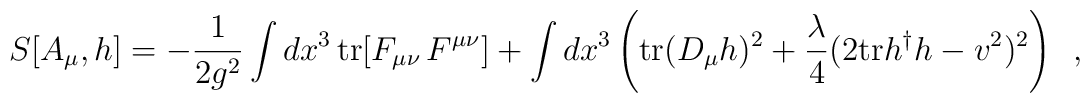
S[A_\mu, h]= - \frac{1}{2 g^2} \int dx^3 \, {\rm tr}[F_{\mu \nu} \, F^{\mu \nu}] + \int dx^3               \left( {\rm tr}(D_\mu h)^2 + \frac{\lambda}{4} (2{\rm tr} h^\dagger h -v^2)^2  \right)\,\,\, ,